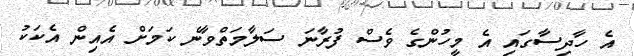
އެ ހާދިސާގައި އެ މީހުންގެ ވެސް ފުރާނަ ސަލާމަތްވާނެ ކަމަށް އެއިން އެކަކު